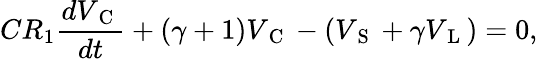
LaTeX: CR_{1}\frac{dV_{\mathrm{~C~}}}{dt}+\left(\gamma+1\right)V_{\mathrm{~C~}}-\left(V_{\mathrm{~S~}}+\gamma V_{\mathrm{~L~}}\right)=0,